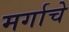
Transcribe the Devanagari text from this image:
मर्गाचे